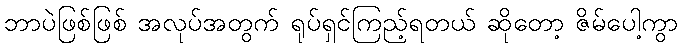
ဘာပဲဖြစ်ဖြစ် အလုပ်အတွက် ရုပ်ရှင်ကြည့်ရတယ် ဆိုတော့ ဇိမ်ပေါ့ကွာ